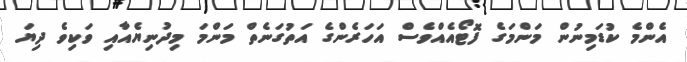
އެންމެ ކުޑަމިނުން މަންމަގެ ފޮޓޯއެއްވެސް އަހަރެންގެ އަތުގަނެތް މަންމަ މިދުނިޔެއާއި ވަކިވެ ދިޔަ